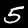
Digit: 5